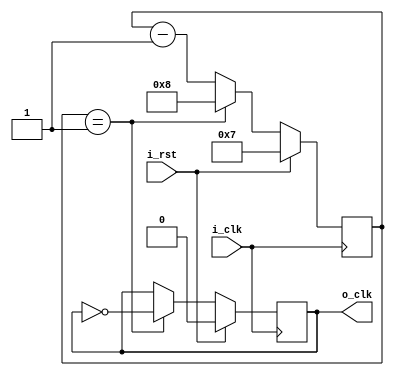
// These modules only work with even clock dividers!

module const_frequency_divider 
 #(parameter C_BITS = 8, C_N = 16, C_OFFSET = 0) (
    input wire i_clk,  // clock
    input wire i_rst,
    output reg o_clk = 0
  );

  reg [C_BITS-1:0] r_counter = (C_N / 2) - C_OFFSET;

  /* Sequential Logic */
  always @(posedge i_clk) begin
    if (i_rst) begin
      r_counter <= (C_N >> 1) - 1;
      o_clk <= 0;
    end else begin
      
      if(r_counter == 1) begin
      
        r_counter <= (C_N / 2);
        o_clk <= ~o_clk;
      
      end else begin 
        r_counter <= r_counter - 1;
      end
    
    end
    
  end
    
  
  
endmodule

// Just in case we need to change the frequency, use this.
module var_frequency_divider #(parameter C_BITS = 8) (
    input wire i_clk,  // clock
    input wire i_rst,
    input wire [C_BITS-1:0] i_N,
    output reg o_clk = 0
  );

  reg [C_BITS-1:0] r_counter = 1;
  reg [C_BITS-1:0] last_N = 0;
  wire [C_BITS-2:0] r_div;
  
  assign r_div = (i_N >> 1);

  /* Sequential Logic */
  always @(posedge i_clk) begin
  
    last_N <= i_N;
    
    if((last_N != i_N) || i_rst) begin
      // This tick plus r_div - 1 = r_div!
      r_counter <= r_div - 1;
      o_clk <= 0;
    end else begin
      
      if(r_counter == 1) begin
        r_counter <= r_div;
        o_clk <= ~o_clk;
      
      end else begin 
        r_counter <= r_counter - 1;
      end
    
    end
    
    end
    
  
  
endmodule